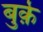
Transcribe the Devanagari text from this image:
बुर्क़े